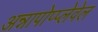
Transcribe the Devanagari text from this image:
अन्नापोप्प्लेवेल